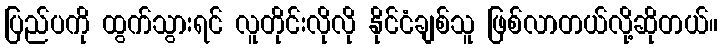
ပြည်ပကို ထွက်သွားရင် လူတိုင်းလိုလို နိုင်ငံချစ်သူ ဖြစ်လာတယ်လို့ဆိုတယ်။